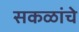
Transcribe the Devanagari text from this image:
सकळांचे